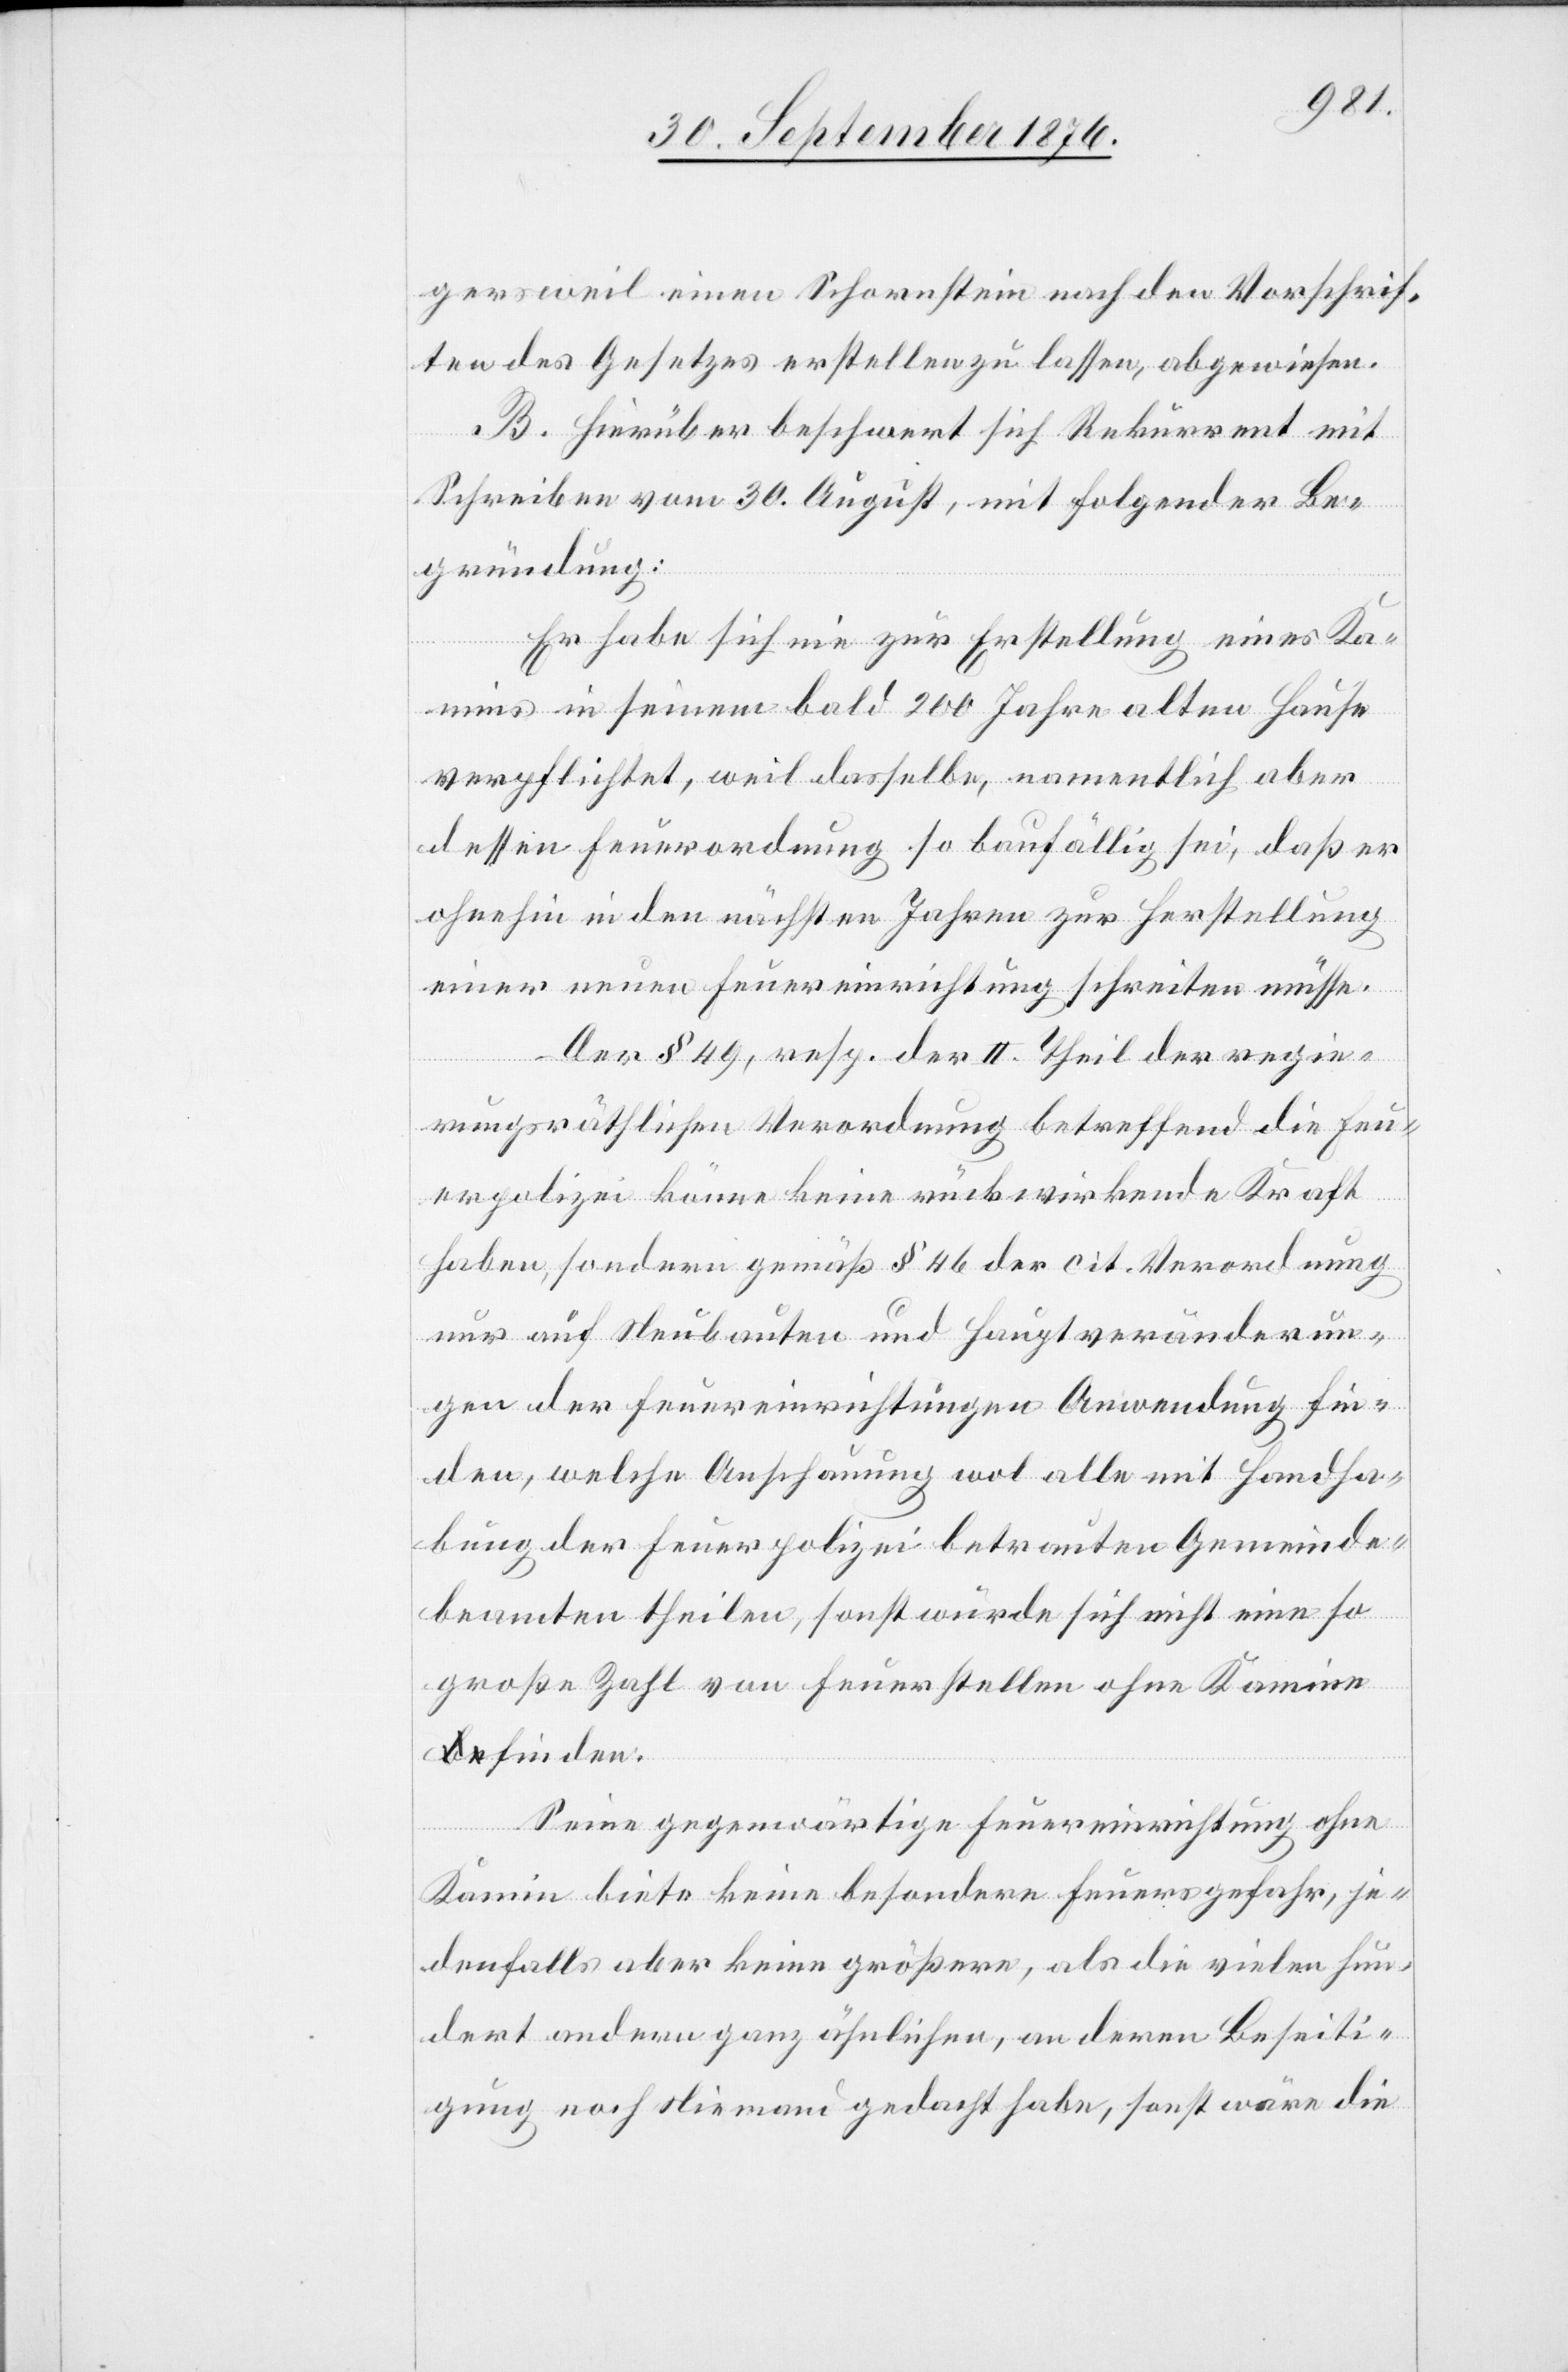
gersweil einen Schornstein nach den Vorschrif¬
ten des Gesetzes erstellen zu lassen, abgewiesen.
B. Hierüber beschwert sich Rekurrent mit
Schreiben vom 30. August, mit folgender Be¬
gründung:
Er habe sich nie zur Erstellung eines Ka¬
mins in seinem bald 200 Jahre alten Hause
verpflichtet, weil dasselbe, namentlich aber
dessen Feuerordnung so baufällig sei, daß er
ohnehin in den nächsten Jahren zur Herstellung
einer neuen Feuereinrichtung schreiten müsse.
Der § 49, resp. der II. Theil der regie¬
rungsräthlichen Verordnung betreffend die Feu¬
erpolizei könne keine rückwirkende Kraft
haben, sondern gemäß § 46 der cit. Verordnung
nur auf Neubauten und Hauptveränderun¬
gen der Feuereinrichtungen Anwendung fin¬
den, welche Anschauung wol alle mit Handha¬
bung der Feuerpolizei betrauten Gemeinde¬
beamten theilen, sonst würde sich nicht eine so
große Zahl von Feuerstellen ohne Kamine
finden.
Seine gegenwärtige Feuereinrichtung ohne
Kamin biete keine besondere Feuersgefahr, je¬
denfalls aber keine größere, als die vielen hun¬
dert anderen ganz ähnlichen, an deren Beseiti¬
gung noch Niemand gedacht habe, sonst wäre die